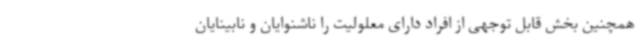
همچنین بخش قابل توجهی از افراد دارای معلولیت را ناشنوایان و نابینایان